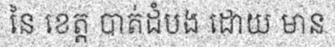
នៃ ខេត្ត បាត់ដំបង ដោយ មាន